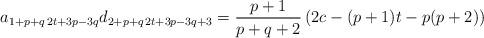
LaTeX: \begin{align*} a_{1+p+q\,2t+3p-3q}d_{2+p+q\,2t+3p-3q+3}=\frac{p+1}{p+q+2} \left(2c-(p+1)t-p(p+2)\right)\end{align*}